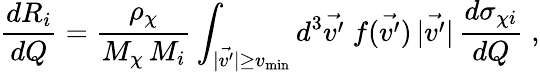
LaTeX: \frac{dR_{i}}{dQ}=\frac{\rho_{\chi}}{M_{\chi}\, M_{i}}\int_{|\vec{v^{\prime}}|\geq v_{\mathrm{{min}}}}d^{3}\vec{v^{\prime}}\; f(\vec{v^{\prime}})\, |\vec{v^{\prime}}|\, \frac{d\sigma_{\chi i}}{dQ}\; ,